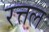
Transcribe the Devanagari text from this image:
रत्तल